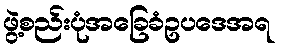
ဖွဲ့စည်းပုံအခြေခံဥပဒေအရ